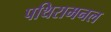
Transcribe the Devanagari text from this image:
पथिरामनल